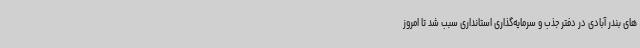
های بندر آبادی در دفتر جذب و سرمایه‌گذاری استانداری سبب شد تا امروز